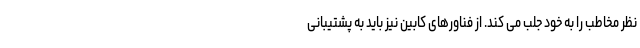
نظر مخاطب را به خود جلب می کند. از فناورهای کابین نیز باید به پشتیبانی